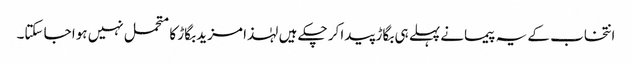
انتخاب کے یہ پیمانے پہلے ہی بگاڑ پیدا کر چکے ہیں لہٰذا مزید بگاڑ کا متحمل نہیں ہوا جا سکتا۔